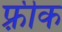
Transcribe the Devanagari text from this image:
फ़्रीक